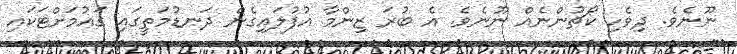
ނޫނެވެ. ދިވެހި ކޯޗުންނެއް ނޫނެވެ. އެ ބުރަ ޒިންމާ އުފުލައިގެން ދަނޑުމަތީގައި ގައުމަށްޓަކައި